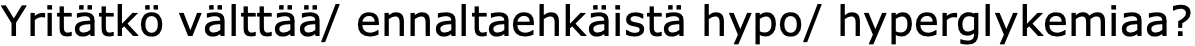
Yritätkö välttää/ ennaltaehkäistä hypo/ hyperglykemiaa?